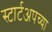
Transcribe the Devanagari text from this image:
स्टार्टअपच्या